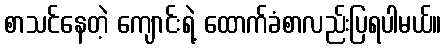
စာသင်နေတဲ့ ကျောင်းရဲ့ ထောက်ခံစာလည်းပြရပါမယ်။